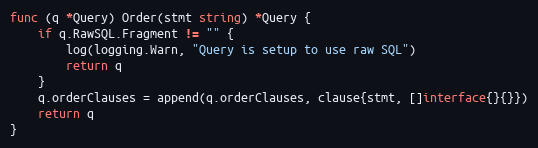
Language: Go
func (q *Query) Order(stmt string) *Query {
	if q.RawSQL.Fragment != "" {
		log(logging.Warn, "Query is setup to use raw SQL")
		return q
	}
	q.orderClauses = append(q.orderClauses, clause{stmt, []interface{}{}})
	return q
}